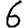
Digit: 6